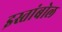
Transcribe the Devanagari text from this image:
इस्तांबोल